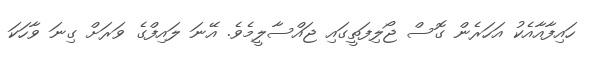
ހައިފާއާއެކު އަހަރެން ގޮސް ޖޯލިފަތީގައި ޖައްސާލީމެވެ. އޭނަ ލައިފްގެ ވަރަށް ގިނަ ވާހަކަ